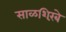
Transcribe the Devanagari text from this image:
साळशिरंबे